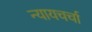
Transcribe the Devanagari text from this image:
न्यायचर्चा